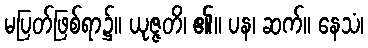
မပြတ်ဖြစ်ရာ၌။ ယုဇ္ဇတိ၊ ၏။ ပန၊ ဆက်။ နေသံ၊